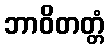
ဘာဝိတတ္တံ